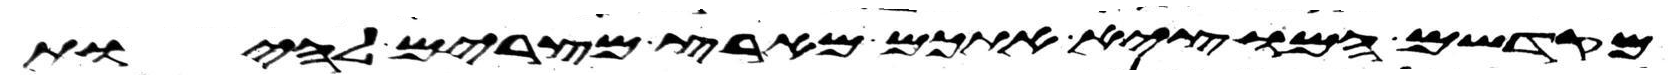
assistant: מקדשם המוצא אתכם מארץ מצרים להיות